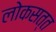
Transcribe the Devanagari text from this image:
लोकसत्त